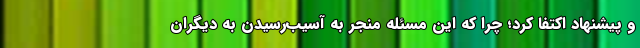
و پیشنهاد اکتفا کرد؛ چرا که این مسئله منجر به آسیب‌رسیدن به دیگران